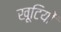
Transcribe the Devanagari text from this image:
खूटियों